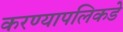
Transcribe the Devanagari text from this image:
करण्यापलिकडे